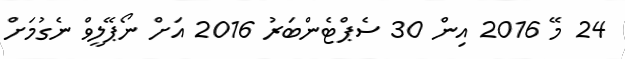
24 މޭ 2016 އިން 30 ސެޕްޓެންބަރު 2016 އަށް ނޯޕޭލީވް ނެގުމަށް